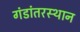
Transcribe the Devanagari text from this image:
गंडांतरस्थान